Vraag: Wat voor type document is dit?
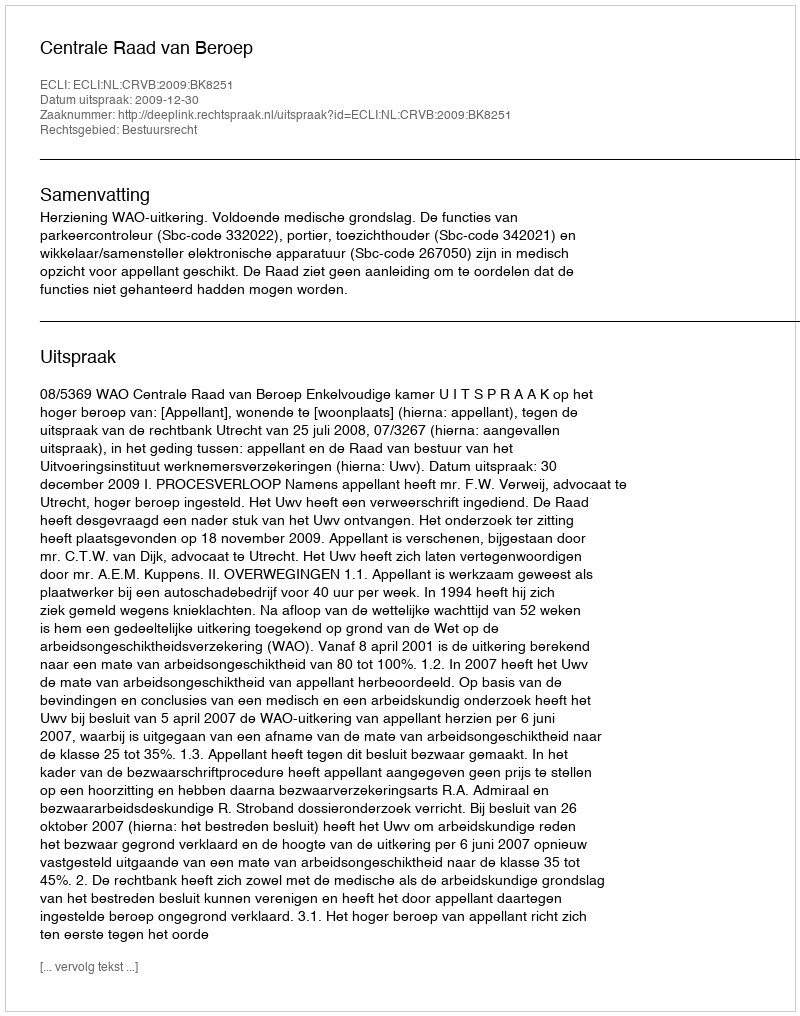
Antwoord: Uitspraak